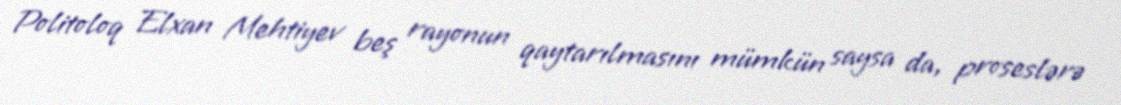
Politoloq Elxan Mehtiyev beş rayonun qaytarılmasını mümkün saysa da, proseslərə